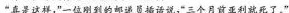
“真是这样，”一位刚到的邮递员插话说，“三个月前亚利就死了。”